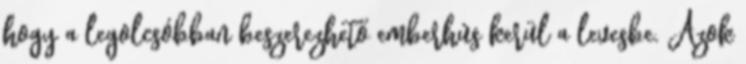
hogy a legolcsóbban beszerezhető emberhús kerül a levesbe. Azok